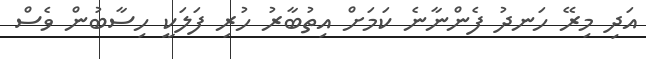
އަދި މިރޭ ހަނދު ފެންނާނެ ކަމަށް އިތުބާރު ހުރި ފަލަކީ ހިސާބުން ވެސް